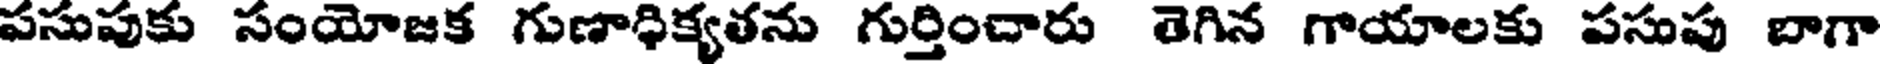
పసుపుకు సంయోజక గుణాధిక్యతను గుర్తించారు తెగిన గాయాలకు పసుపు బాగా